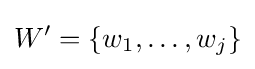
W'=\{w_{1},\ldots ,w_{j}\}